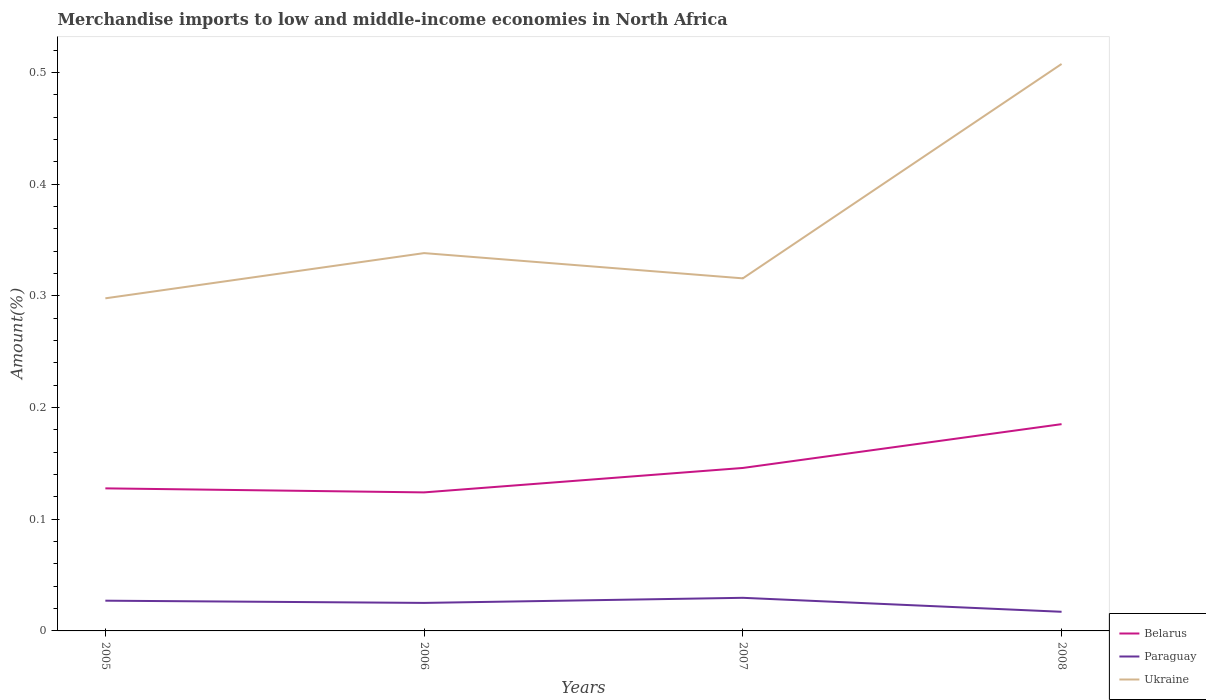
| Years | Belarus | Paraguay | Ukraine |
 | --- | --- | --- | --- |
 | 2005 | 0.128 | 0.0271 | 0.298 |
 | 2006 | 0.124 | 0.0251 | 0.338 |
 | 2007 | 0.146 | 0.0297 | 0.316 |
 | 2008 | 0.185 | 0.0171 | 0.508 |